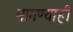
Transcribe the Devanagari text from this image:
मागण्याही